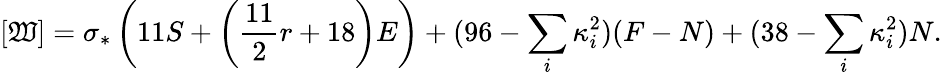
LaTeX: [\mathfrak{W}]=\sigma_{*}\left(11S+\left({\frac{{11}}{{2}}}r+18\right)E\right)+(96-\sum_{i}\kappa_{i}^{2})(F-N)+(38-\sum_{i}\kappa_{i}^{2})N.